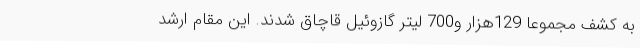
به کشف مجموعا 129هزار و700 لیتر گازوئیل قاچاق شدند. این مقام ارشد